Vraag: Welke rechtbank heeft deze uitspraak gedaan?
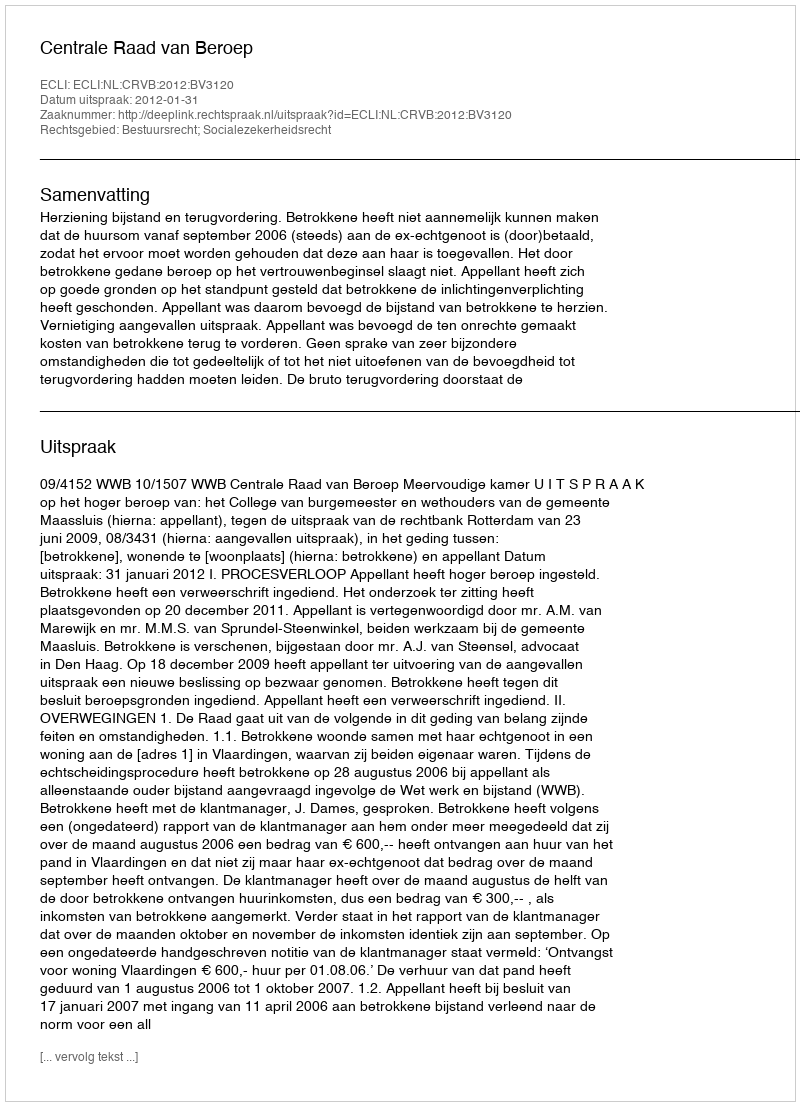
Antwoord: Centrale Raad van Beroep